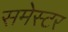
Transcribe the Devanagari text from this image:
समेस्टर